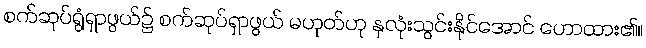
စက်ဆုပ်ရွံရှာဖွယ်၌ စက်ဆုပ်ရှာဖွယ် မဟုတ်ဟု နှလုံးသွင်းနိုင်အောင် ဟောထား၏။